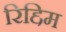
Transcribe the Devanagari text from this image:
रिद्दिम